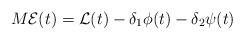
LaTeX: \begin{align*}M\mathcal{E}(t)=\mathcal{L}(t)-\delta_1\phi(t)-\delta_2\psi(t)\end{align*}